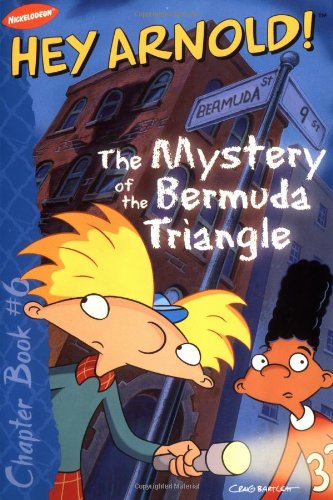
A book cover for Mystery of the Bermuda Triangle; Richard Bartlett; Humor & Entertainment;